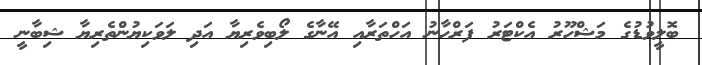
ބޮލީވުޑުގެ މަޝްހޫރު އެކްޓަރު ފަރްހާނު އަހްތަރާއި އޭނާގެ ލޯބިވެރިޔާ އަދި ލަވަކިޔުންތެރިޔާ ޝިބާނީ